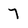
Character: 7